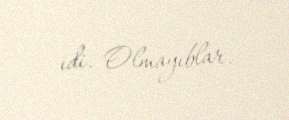
idi. Olmayıblar.